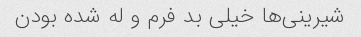
شیرینی‌ها خیلی بد فرم و له شده بودن